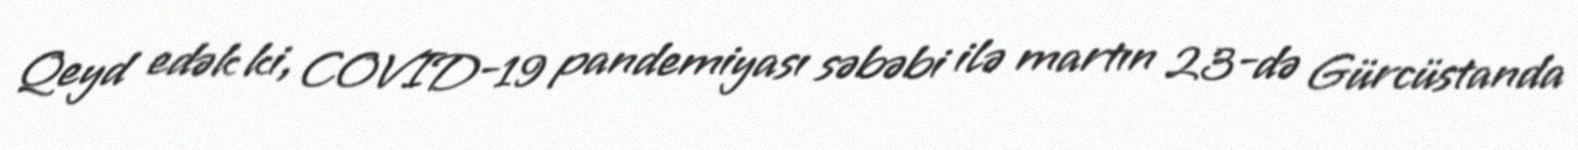
Qeyd edək ki, COVID-19 pandemiyası səbəbi ilə martın 23-də Gürcüstanda